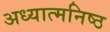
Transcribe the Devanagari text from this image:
अध्यात्मनिष्ठ